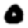
Digit: 0